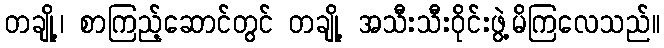
တချို့၊ စာကြည့်ဆောင်တွင် တချို့ အသီးသီးဝိုင်းဖွဲ့မိကြလေသည်။